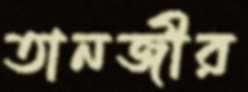
তানজীর